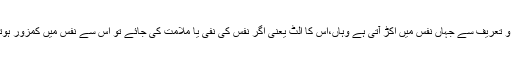
عزت و تعریف سے جہاں نفس میں اکڑ آتی ہے وہاں،اس کا الٹ یعنی اگر نفس کی نفی یا ملامت کی جائے تو اس سے نفس میں کمزور ہوتا ہے۔